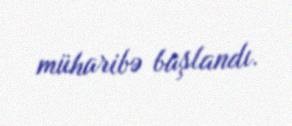
müharibə başlandı.